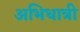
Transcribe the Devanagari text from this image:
अभिधात्री